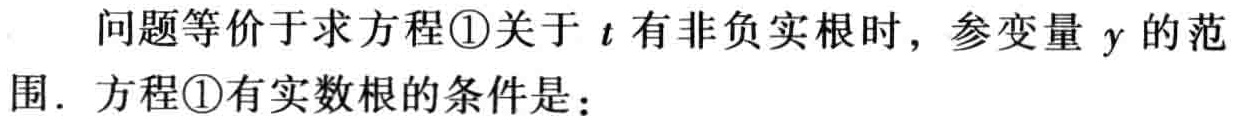
问题等价于求方程\textcircled{1}关于\(t\)有非负实根时，参变量\(y\)的范围．方程\textcircled{1}有实数根的条件是：